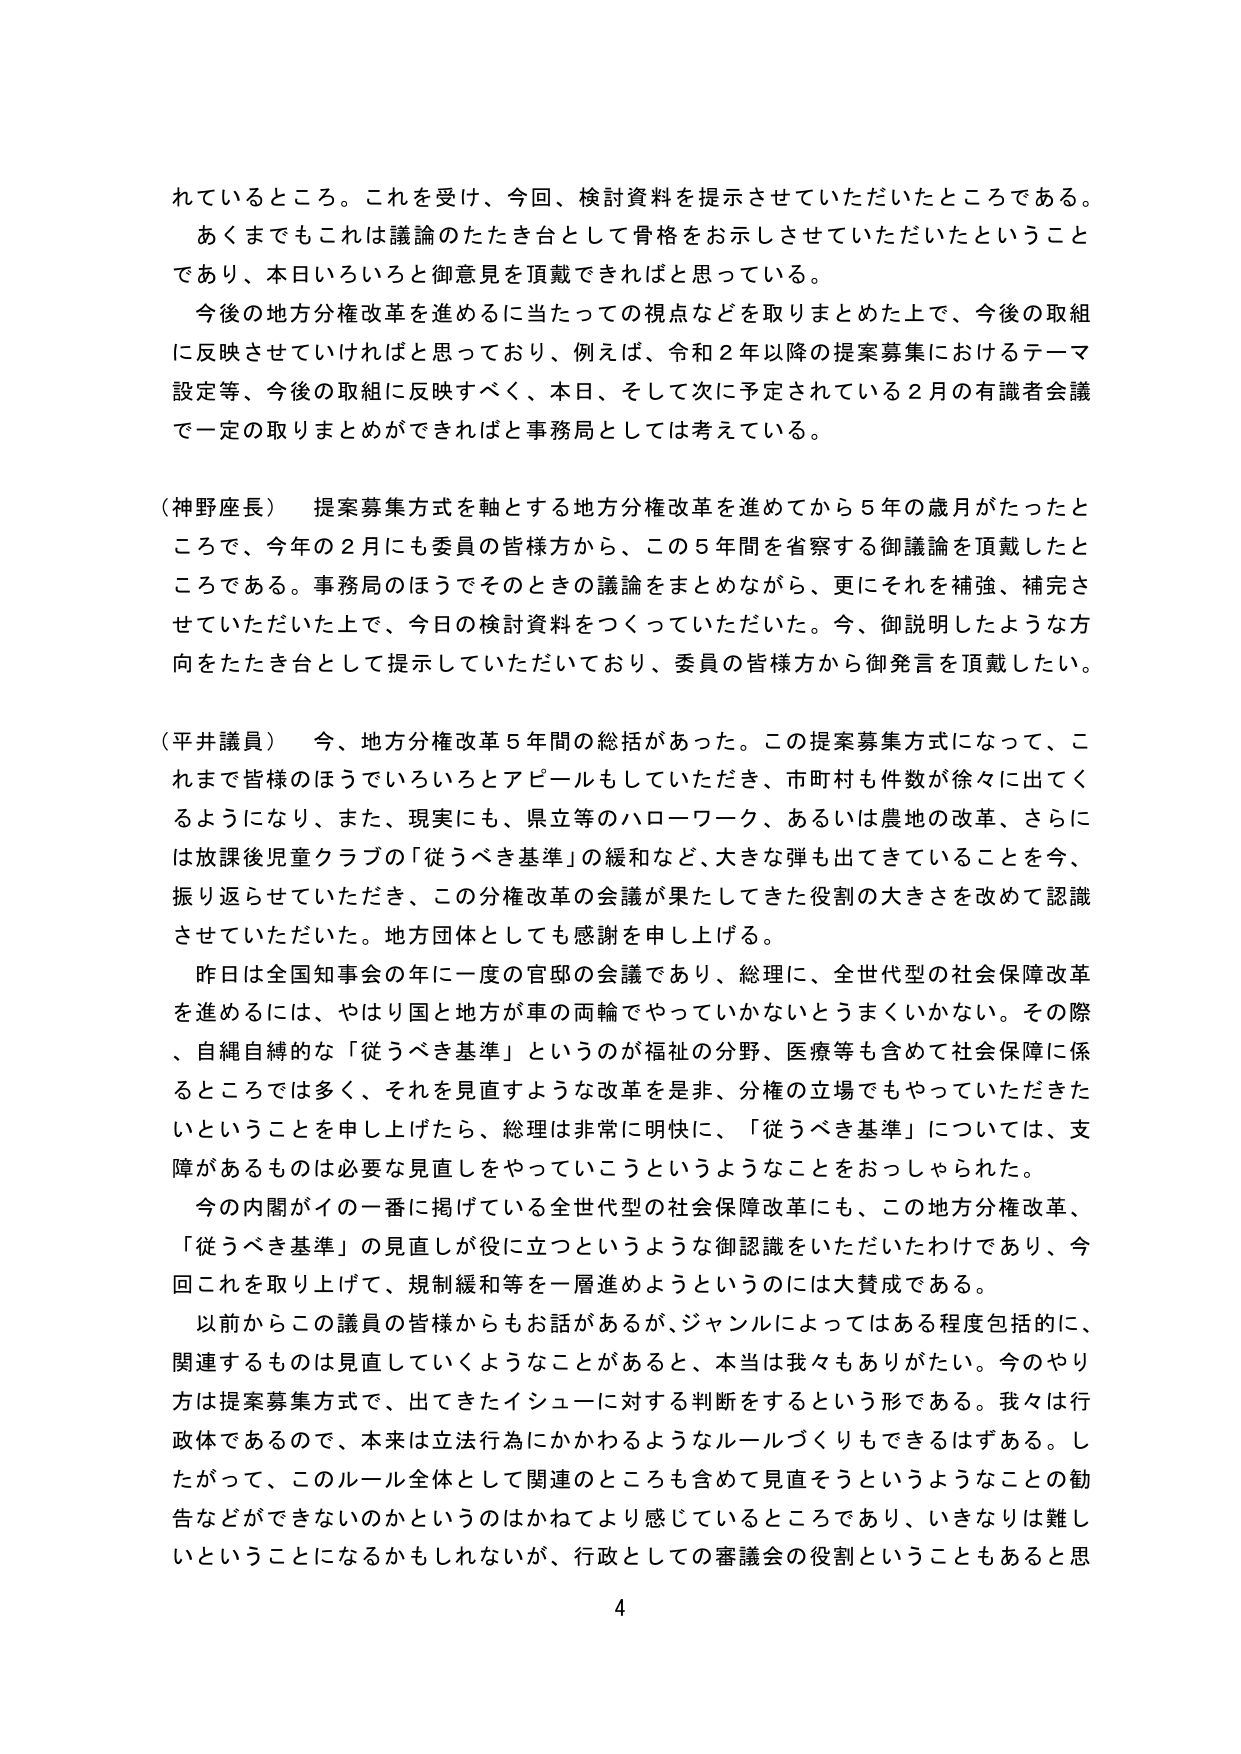
れているところ。これを受けて、今回、検討資料を提示させていただいたところである。
あくまでもこれは議論のたたき台として骨格をお示しさせていただいたということ
であり、本日いろいろと御意見を頂戴できればと思っている。
今後の地方分権改革を進めるに当たっての視点などを取りまとめた上で、今後の取組
に反映させていければと思っており、例えば、令和２年以降の提案募集におけるテーマ
設定等、今後の取組に反映すべく、本日、そして次に予定されている２月の有識者会議
で一定の取りまとめができればと事務局としては考えている。

（神野座長）　提案募集方式を軸とする地方分権改革を進めてから５年の歳月がたったと
ころで、今年の２月にも委員の皆様方から、この５年間を省察する御議論を頂戴したと
ころである。事務局のほうでそのときの議論をまとめながら、更にそれを補強、補完さ
せていただいた上で、今日の検討資料をつくっていただいた。今、御説明したような方
向をたたき台として提示していただいており、委員の皆様方から御発言を頂戴したい。

（平井議員）　今、地方分権改革５年間の総括があった。この提案募集方式になって、こ
れまで皆様のほうでいろいろとアピールもしていただき、市町村も件数が徐々に出てく
るようになり、また、現実にも、県立等のハローワーク、あるいは農地の改革、さらに
は放課後児童クラブの「従うべき基準」の緩和など、大きな弾も出てきていることを今、
振り返らせていただき、この分権改革の会議が果たしてきた役割の大きさを改めて認識
させていただいた。地方団体としても感謝を申し上げる。
　昨日は全国知事会の年に一度の官邸の会議であり、総理に、全世代型の社会保障改革
を進めるには、やはり国と地方が車の両輪でやっていかないとうまくいかない。その際
、自縄自縛的な「従うべき基準」というのが福祉の分野、医療等も含めて社会保障に係
るところでは多く、それを見直すような改革を是非、分権の立場でもやっていただきた
いということを申し上げたら、総理は非常に明快に、「従うべき基準」については、支
障があるものは必要な見直しをやっていこうというようなことをおっしゃられた。
　今の内閣がイの一番に掲げている全世代型の社会保障改革にも、この地方分権改革、
「従うべき基準」の見直しが役に立つというような御認識をいただいたわけであり、今
回これを取り上げて、規制緩和等を一層進めようというのには大賛成である。
　以前からこの議員の皆様からもお話があるが、ジャンルによってはある程度包括的に、
関連するものは見直していくようなことがあると、本当是我々もありがたい。今のやり
方は提案募集方式で、出てきたイシューに対する判断をするという形である。我々は行
政体であるので、本来は立法行為にかかわるようなルールづくりもできるはずである。し
たがって、このルール全体として関連のところも含めて見直そうというようなことの勧
告などができないのかというのはかねてより感じているところであり、いきなりは難し
いということになるかもしれないが、行政としての審議会の役割ということもあると思

4